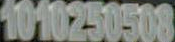
1010250508